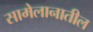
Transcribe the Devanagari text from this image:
सामेलानातील